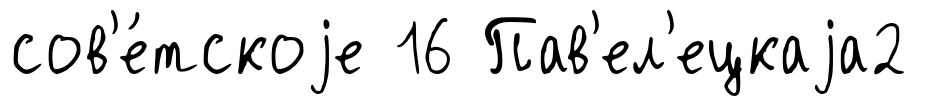
сов'е́тскоjе 16 Пав'ел'ецкаjа2